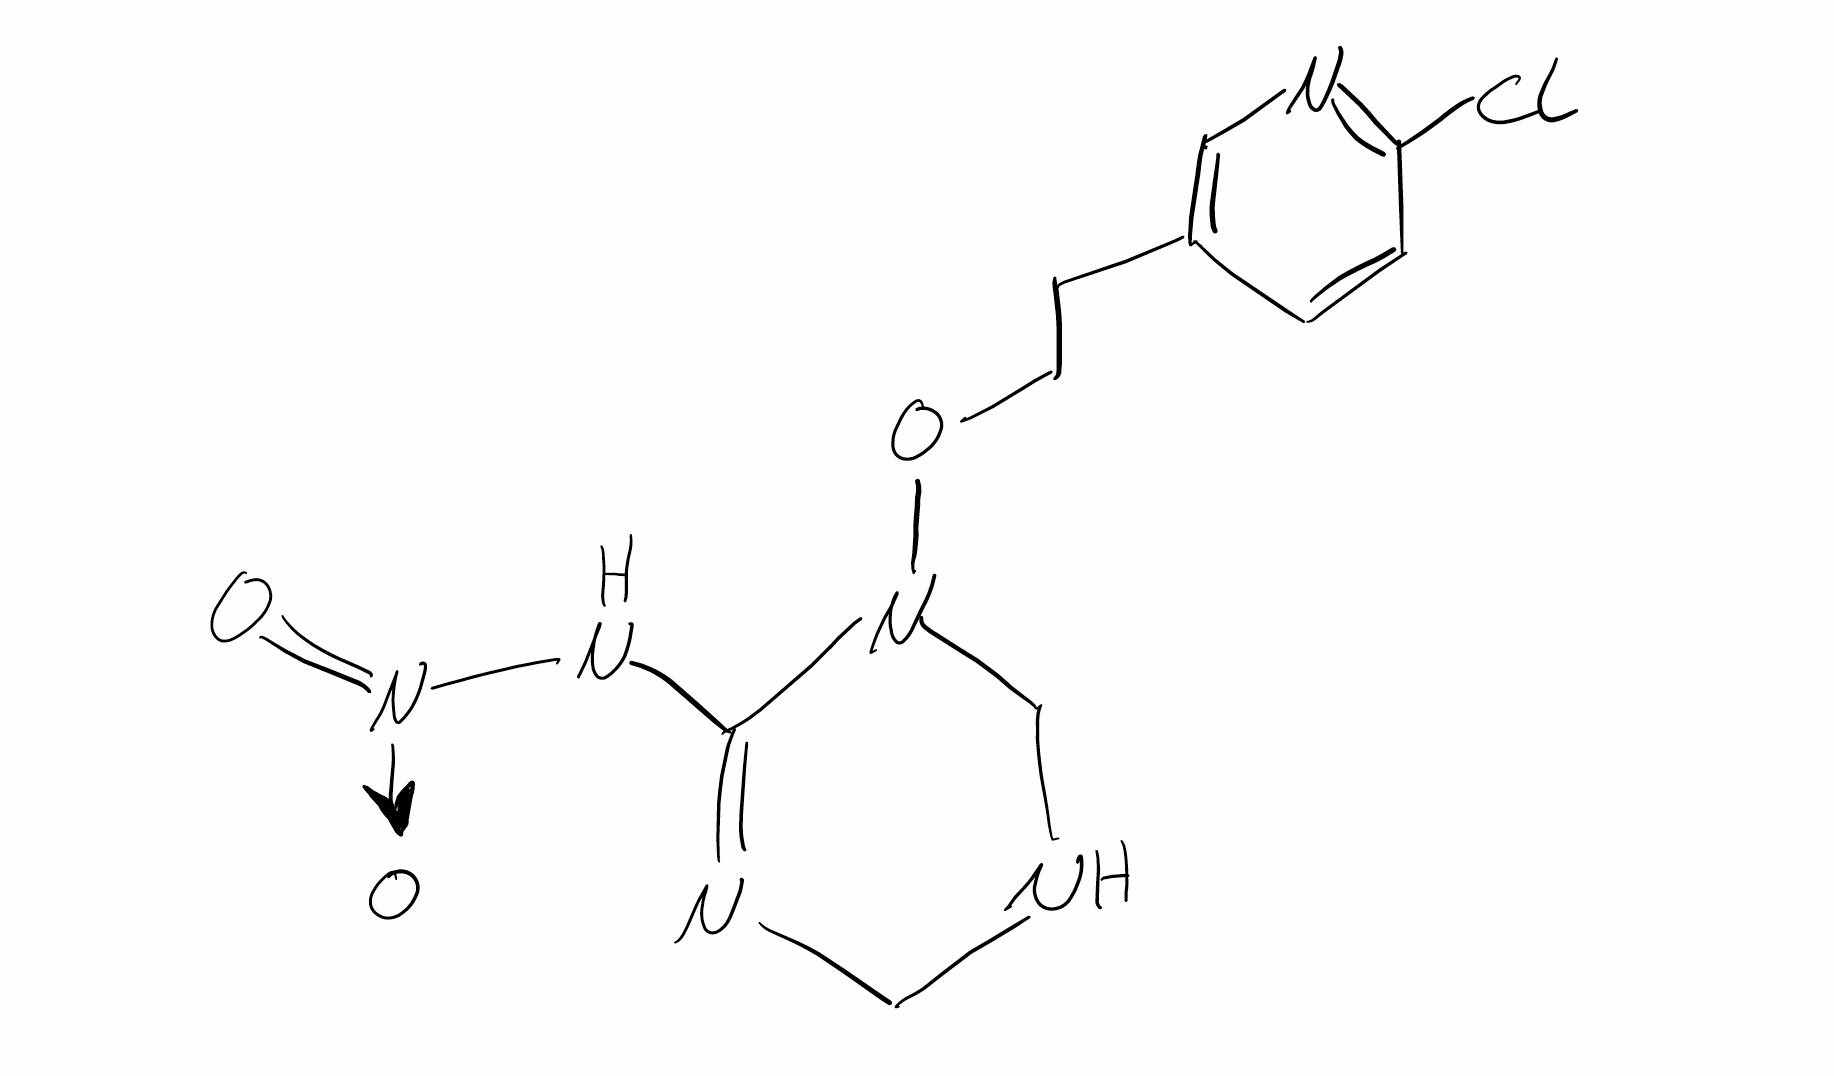
Simplified molecular-input line-entry system (SMILES) notation of the given molecule:
C1NCN(C(=N1)N[N+](=O)[O-])OCCC2=CN=C(C=C2)Cl